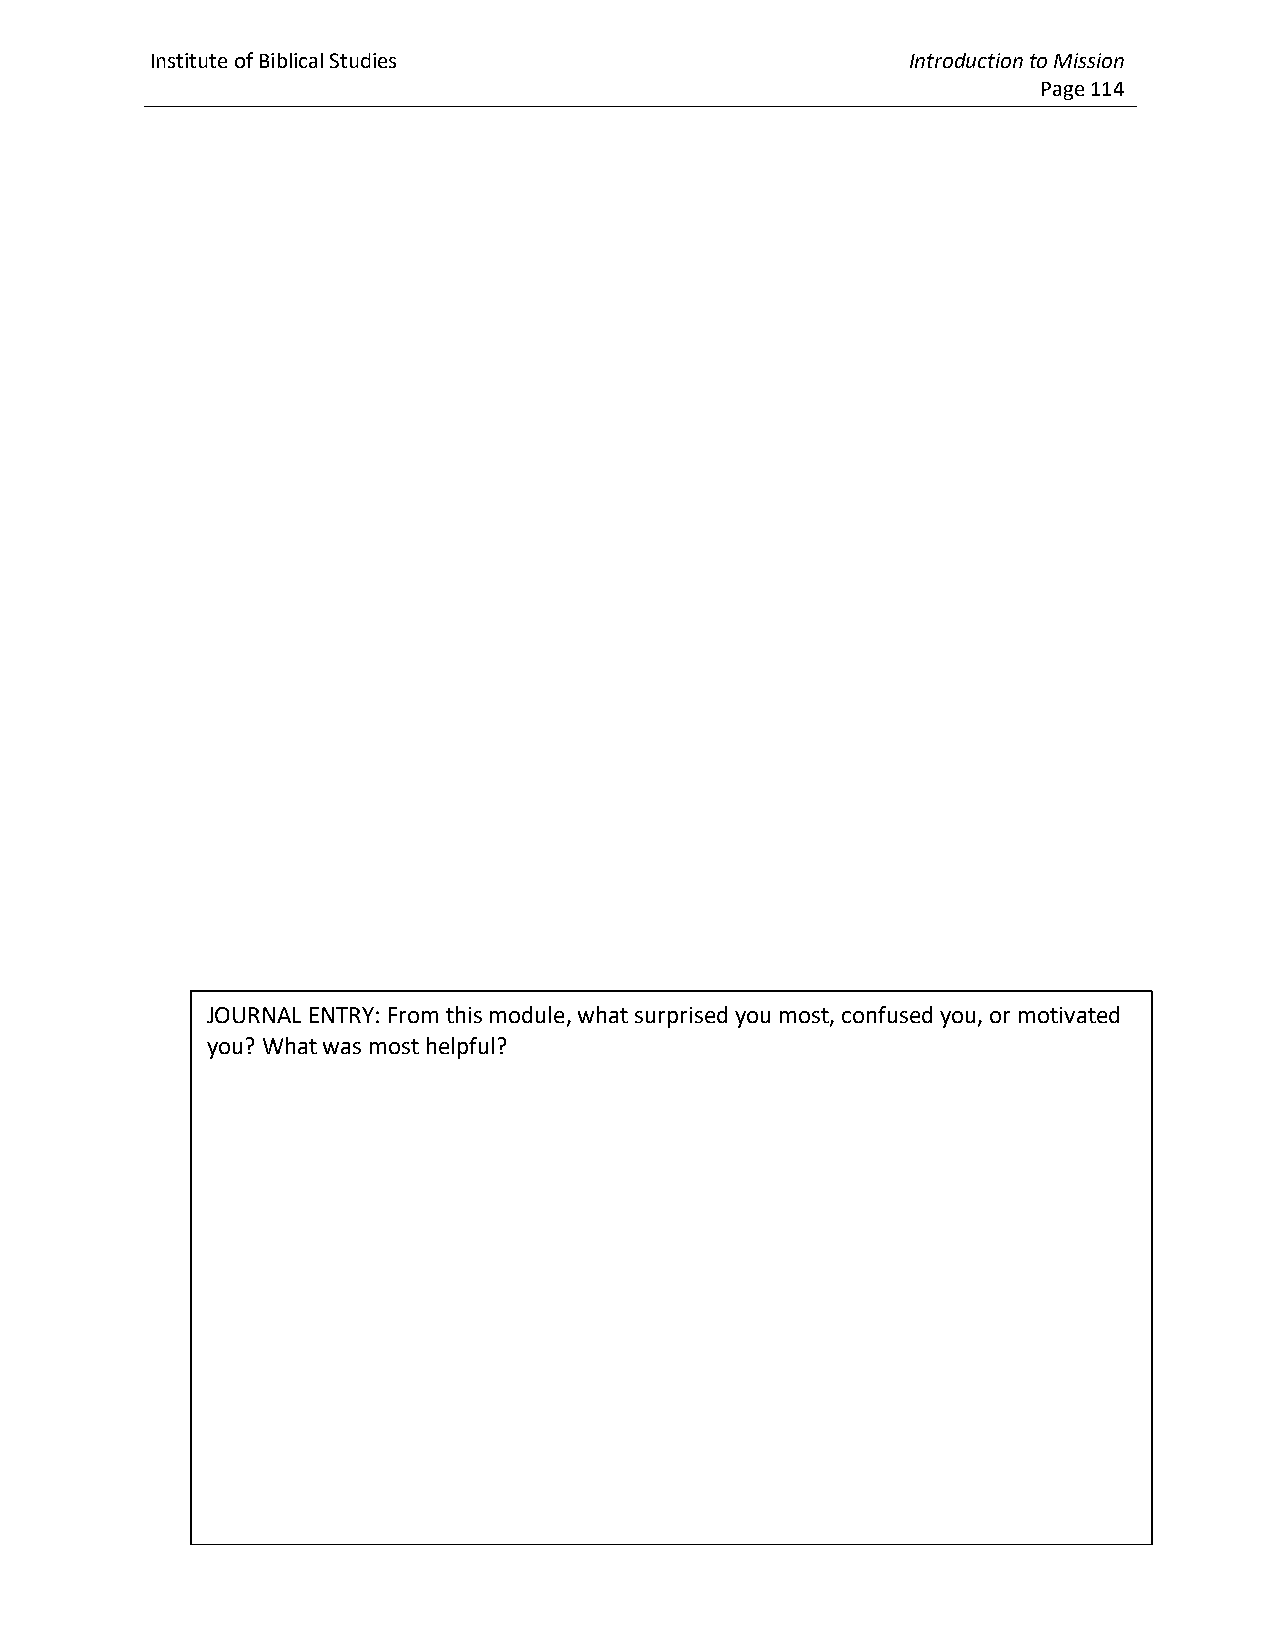
Institute of Biblical Studies                     Introduction to Mission
 Page 114
 JOURNAL ENTRY: From this module, what surprised you most, confused you, or motivated
 you? What was most helpful?
 Version 8.5, 9-2021